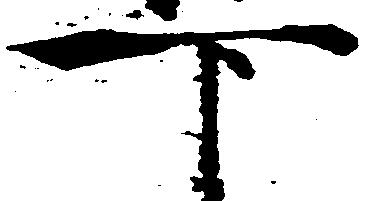
下